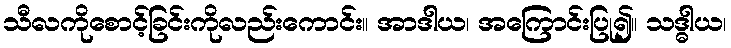
သီလကိုစောင့်ခြင်းကိုလည်းကောင်း။ အာဒါယ၊ အကြောင်းပြု၍။ သဒ္ဓါယ၊